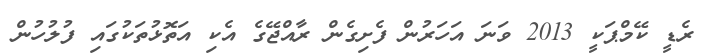
ރެޑީ ކޭމްޕަކީ 2013 ވަނަ އަހަރުން ފެށިގެން ރާއްޖޭގެ އެކި އަތޮޅުތަކުގައި ފުލުހުން